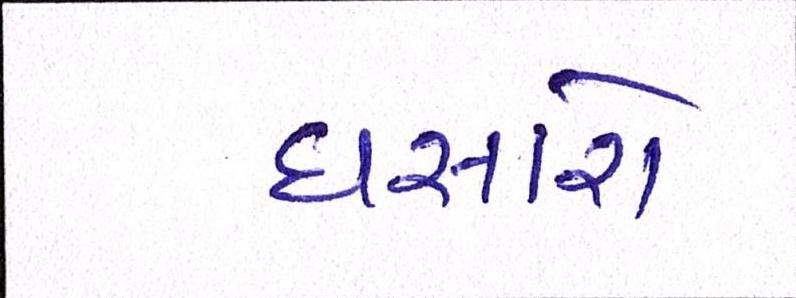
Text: ધસારો